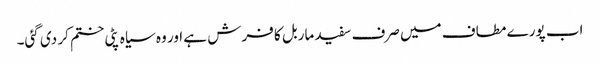
اب پورے مطاف میں صرف سفید ماربل کا فرش ہے اور وہ سیاہ پٹی ختم کر دی گئی۔